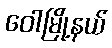
ဝေါမြို့နယ်